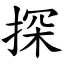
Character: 探